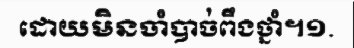
ដោយមិនចាំបាច់ពឹងថ្នាំ។១.